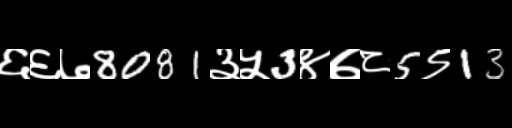
Text: ६६७8081३५3४७८5९13